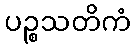
ပဉ္စသတိကံ